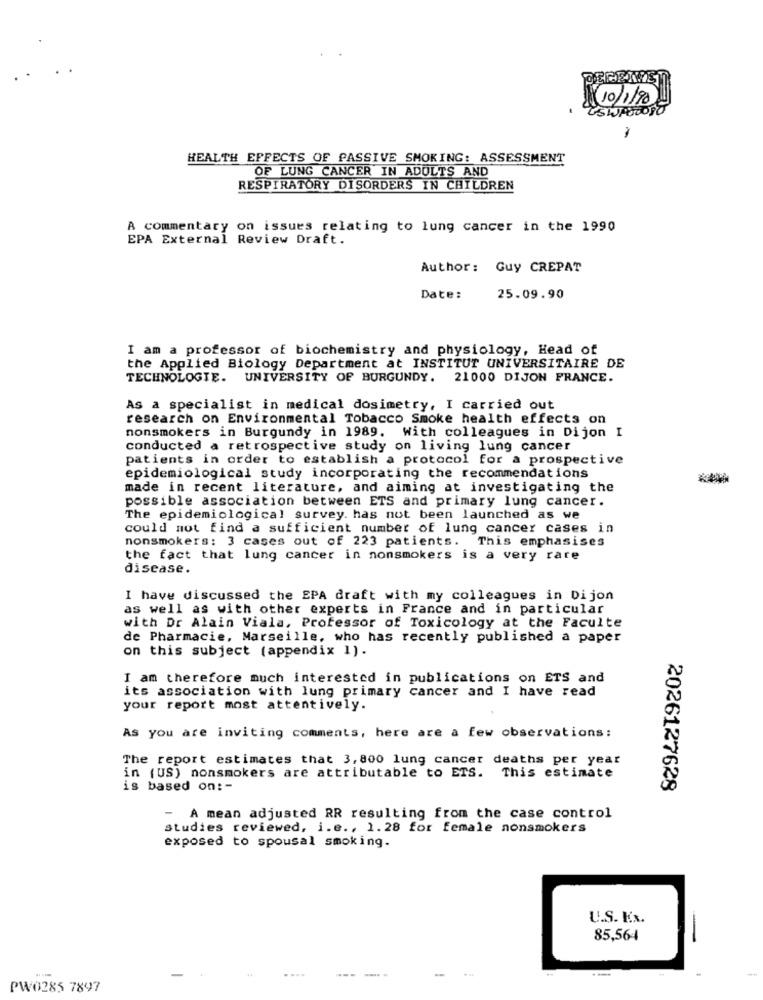
10/1/90
-
HEALTH EFFECTS OF PASSIVE SMOKING: ASSESSMENT
OF LUNG CANCER IN ADULTS AND
RESPIRATORY DISORDERS IN CHILDREN
A commentary on issues relating to lung cancer in the 1990
EPA External Review Draft.
Author: Guy CREPAT
Date:
25.09.90
I am a professor of biochemistry and physiology, Head of
the Applied Biology Department at INSTITUT UNIVERSITAIRE DE
TECHNOLOGIE. UNIVERSITY OF BURGUNDY. 21000 DIJON FRANCE.
As a specialist in medical dosimetry, I carried out
research on Environmental Tobacco Smoke health effects on
nonsmokers in Burgundy in 1989. With colleagues in Dijon I
conducted a retrospective study on living lung cancer
patients in order to establish a protocol for a prospective
epidemiological study incorporating the recommendations
made in recent literature, and aiming at investigating the
possible association between ETS and primary lung cancer.
The epidemiological survey. has not been launched as we
could not find a sufficient number of lung cancer cases in
nonsmokers: 3 cases out of 223 patients. This emphasises
the fact that lung cancer in nonsmokers is a very rare
disease.
I have discussed the EPA draft with my colleagues in Dijon
as well as with other experts in France and in particular
with Dr Alain Viala, Professor of Toxicology at the Faculte
de Pharmacie, Marseille, who has recently published a paper
on this subject (appendix 1).
I am therefore much interested in publications on ETS and
its association with lung primary cancer and I have read
your report most attentively.
As you are inviting comments, here are a few observations:
The report estimates that 3, 800 lung cancer deaths per year
in (US) nonsmokers are attributable to ETS. This estimate
is based on :-
2026127628
- A mean adjusted RR resulting from the case control
studies reviewed, i.e ., 1.28 for female nonsmokers
exposed to spousal smoking.
U.S. Kx.
85,564
....
-----
-
PW0285 7897